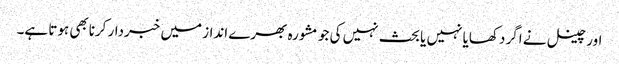
اور چینل نے اگر دکھایا نہیں یا بحث نہیں کی جو مشورہ بھرے انداز میں خبردار کرنابھی ہوتا ہے۔